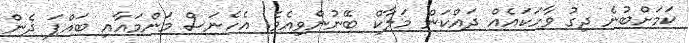
ކަމަށްބުނެ ދިގު ވާހަކައެއް ދައްކަން މަލާކް ބޭނުންވިއެވެ. އެހެނަސް މަންމައާއި ބައްޕަ ދެން